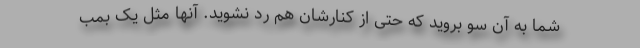
شما به آن سو بروید که حتی از کنارشان هم رد نشوید. آنها مثل یک بمب